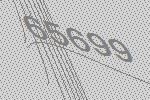
65699